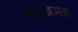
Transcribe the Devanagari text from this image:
धनुसंक्रमण